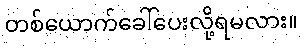
တစ်ယောက်ခေါ်ပေးလို့ရမလား။